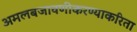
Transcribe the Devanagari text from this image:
अमलबजावणीकरण्याकरिता